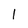
Character: I